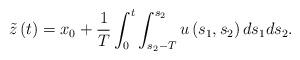
LaTeX: \begin{align*}\tilde{z}\left(t\right)=x_{0}+\frac{1}{T}\int_{0}^{t}\int_{s_{2}-T}^{s_{2}}u\left(s_{1},s_{2}\right)ds_{1}ds_{2}.\end{align*}